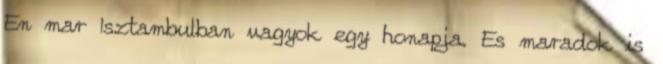
En mar Isztambulban vagyok egy honapja. Es maradok is